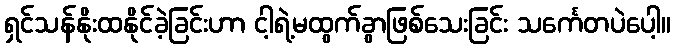
ရှင်သန်နိုးထနိုင်ခဲ့ခြင်းဟာ ငါ့ရဲ့မထွက်ခွာဖြစ်သေးခြင်း သင်္ကေတပဲပေါ့။